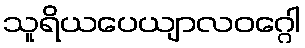
သူရိယပေယျာလဝဂ္ဂေါ